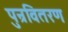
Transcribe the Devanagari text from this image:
पुन्रवितरण